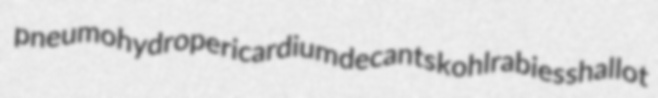
pneumohydropericardium decants kohlrabies shallot